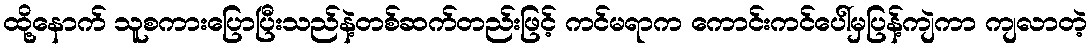
ထို့နောက် သူစကားပြောပြီးသည်နဲ့တစ်ဆက်တည်းဖြင့် ကင်မရာက ကောင်းကင်ပေါ်မှပြန့်ကျဲကာ ကျလာတဲ့